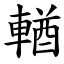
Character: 輶